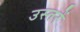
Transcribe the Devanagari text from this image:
उस्तरें